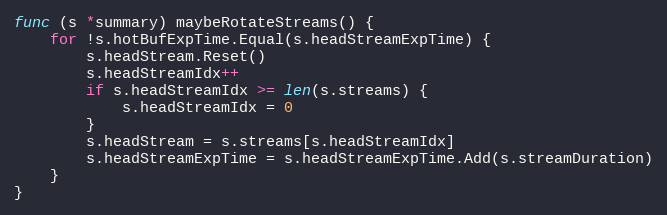
Language: Go
func (s *summary) maybeRotateStreams() {
	for !s.hotBufExpTime.Equal(s.headStreamExpTime) {
		s.headStream.Reset()
		s.headStreamIdx++
		if s.headStreamIdx >= len(s.streams) {
			s.headStreamIdx = 0
		}
		s.headStream = s.streams[s.headStreamIdx]
		s.headStreamExpTime = s.headStreamExpTime.Add(s.streamDuration)
	}
}